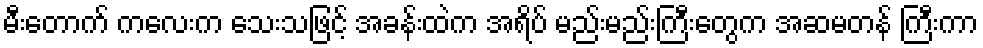
မီးတောက် ကလေးက သေးသဖြင့် အခန်းထဲက အရိပ် မည်းမည်းကြီးတွေက အဆမတန် ကြီးကာ